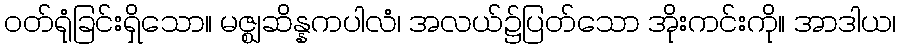
ဝတ်ရုံခြင်းရှိသော။ မဇ္ဈဆိန္နကပါလံ၊ အလယ်၌ပြတ်သော အိုးကင်းကို။ အာဒါယ၊